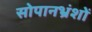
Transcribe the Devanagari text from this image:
सोपानभ्रंशों